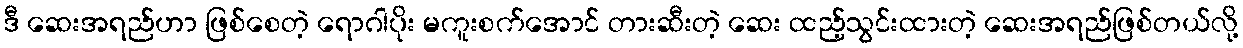
ဒီ ဆေးအရည်ဟာ ဖြစ်စေတဲ့ ရောဂါပိုး မကူးစက်အောင် တားဆီးတဲ့ ဆေး ထည့်သွင်းထားတဲ့ ဆေးအရည်ဖြစ်တယ်လို့